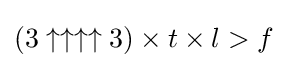
(3\uparrow \uparrow \uparrow \uparrow 3)\times t\times l>f